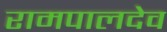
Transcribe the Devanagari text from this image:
रामपालदेव